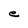
Character: e